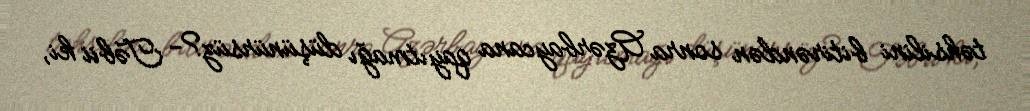
təhsilini bitirəndən sonra Azərbaycana qayıtmağı düşünürsüz?- Təbii ki,